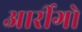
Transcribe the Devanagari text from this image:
आर्रीगो